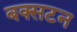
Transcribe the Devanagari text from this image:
बक्सटन